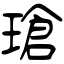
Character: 瑲